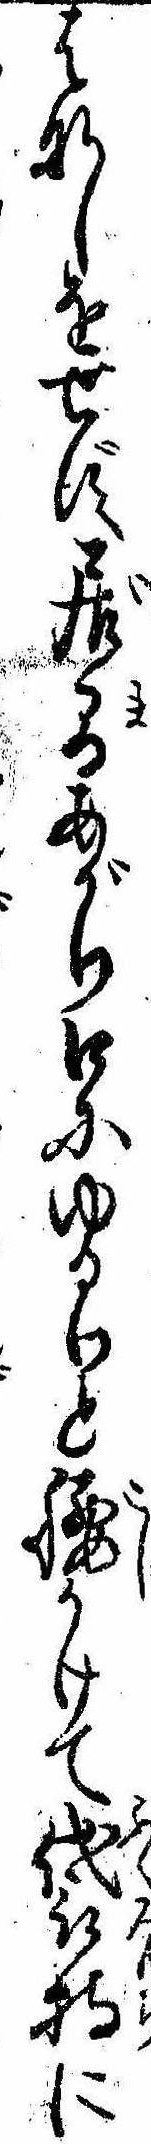
はなしをせず居間あがり口にゆるりと腰かけて袋持に